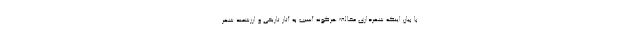
با بیان اینکه شهرداری مخالف هرگونه آسیب به آثار تاریخی و ارزشمند شهر